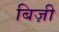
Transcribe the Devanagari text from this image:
बिज़ी